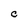
Character: C